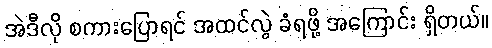
အဲဒီလို စကားပြောရင် အထင်လွဲ ခံရဖို့ အကြောင်း ရှိတယ်။